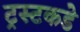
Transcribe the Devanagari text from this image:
ट्रस्टकडे